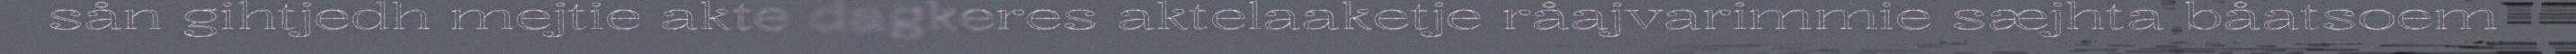
sån gihtjedh mejtie akte dagkeres aktelaaketje råajvarimmie sæjhta båatsoem